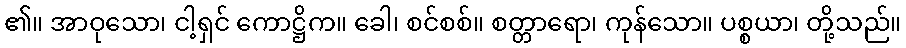
၏။ အာဝုသော၊ ငါ့ရှင် ကောဋ္ဌိက။ ခေါ၊ စင်စစ်။ စတ္တာရော၊ ကုန်သော။ ပစ္စယာ၊ တို့သည်။